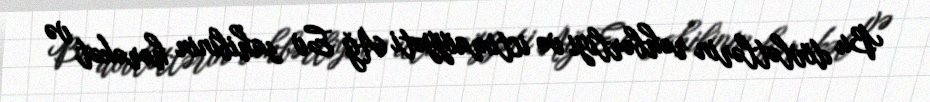
Bu dövlətlərin rəhbərliyi və ictimaiyyəti Ağ Ev sahibinin hərəkət və